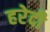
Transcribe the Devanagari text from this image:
हरेदी